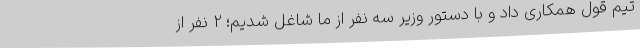
تیم قول همکاری داد و با دستور وزیر سه نفر از ما شاغل شدیم؛ 2 نفر از